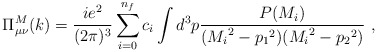
\begin{align*}\Pi^{M}_{\mu \nu}(k)=\frac{ie^2}{(2\pi)^3}\sum_{i=0}^{n_{f}}c_{i}\int d^3p\frac{P(M_{i})}{({M_{i}}^2-{p_{1}}^2)({M_{i}}^2-{p_{2}}^2)} \,\,,\end{align*}